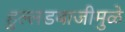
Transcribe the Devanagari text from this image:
हुल्लडबाजीमुळे